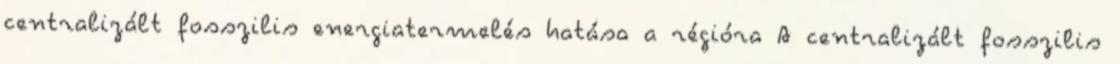
centralizált fosszilis energiatermelés hatása a régióra A centralizált fosszilis